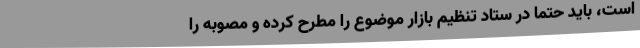
است، باید حتما در ستاد تنظیم بازار موضوع را مطرح کرده و مصوبه را